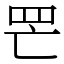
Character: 𦉾